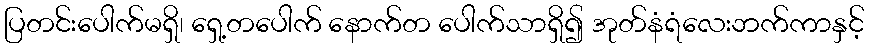
ပြတင်းပေါက်မရှိ၊ ရှေ့တပေါက် နောက်တ ပေါက်သာရှိ၍ အုတ်နံရံလေးဘက်ကာနှင့်